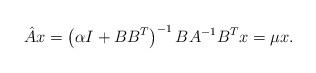
LaTeX: \begin{align*}\hat{A}x=\left(\alpha I+BB^T\right)^{-1}BA^{-1}B^T x = \mu x.\end{align*}